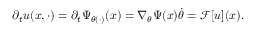
\partial _ { t } u ( x , \cdot ) = \partial _ { t } \Psi _ { \theta ( \cdot ) } ( x ) = \nabla _ { \theta } \Psi ( x ) \dot { \theta } = \mathcal { F } [ u ] ( x ) .